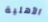
الأهلية